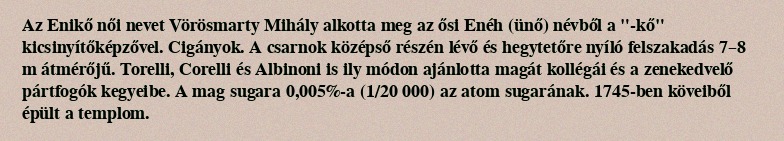
Az Enikő női nevet Vörösmarty Mihály alkotta meg az ősi Enéh (ünő) névből a "-kő" kicsinyítőképzővel. Cigányok. A csarnok középső részén lévő és hegytetőre nyíló felszakadás 7–8 m átmérőjű. Torelli, Corelli és Albinoni is ily módon ajánlotta magát kollégái és a zenekedvelő pártfogók kegyeibe. A mag sugara 0,005%-a (1/20 000) az atom sugarának. 1745-ben köveiből épült a templom.